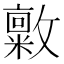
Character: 𪯜